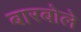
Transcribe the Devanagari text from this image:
बारबोले